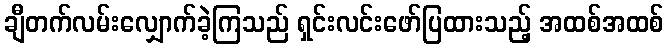
ချီတက်လမ်းလျှောက်ခဲ့ကြသည် ရှင်းလင်းဖော်ပြထားသည့် အထစ်အထစ်